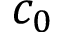
c _ { 0 }